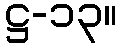
ဋ္ဌ-၁၃။